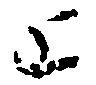
と